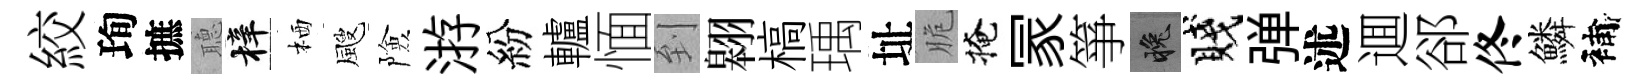
絞珣摭𦗟梓栖颼險㳺紛轤愐到翱槁瑀址脆掩冡箏晚賤弹述逥郤佟鱗補